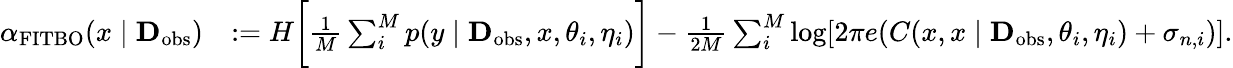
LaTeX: \begin{array}{rl}{\alpha_{\mathrm{FITBO}}(x\mid\textbf{D}_{\mathrm{obs}})}&{:=H\bigg[\frac{1}{M}\sum_{i}^{M}p(y\mid\textbf{D}_{\mathrm{obs}},x,\theta_{i},\eta_{i})\bigg]-\frac{1}{2M}\sum_{i}^{M}\log[2\pi e(C(x,x\mid\textbf{D}_{\mathrm{obs}},\theta_{i},\eta_{i})+\sigma_{n,i})].}\end{array}